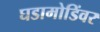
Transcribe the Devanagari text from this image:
घडामोडिंवर